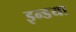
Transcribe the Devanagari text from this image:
इन्डया